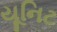
યૂનિટ